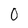
Character: 0